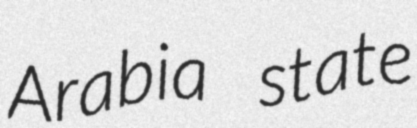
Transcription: Arabia state